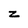
Character: z